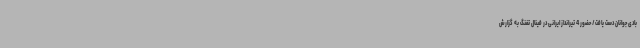
بادی جوانان دست یافت/ حضور 4 تیرانداز ایرانی در فینال تفنگ به گزارش